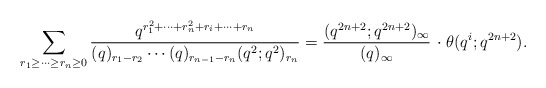
\begin{align*}\sum_{r_1\geq\dots\geq r_n\geq 0}\frac{q^{r_1^2+\cdots+r_n^2+r_i+\cdots+r_n}}{(q)_{r_1-r_2}\cdots(q)_{r_{n-1}-r_n}(q^2;q^2)_{r_n}} =\frac{(q^{2n+2};q^{2n+2})_{\infty}}{(q)_{\infty}}\, \cdot \theta(q^i;q^{2n+2}).\end{align*}